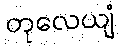
တုလေယျံ